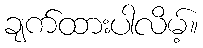
ချက်ထားပါလိမ့်။